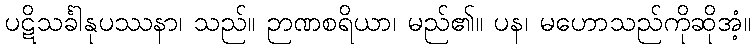
ပဋိသင်္ခါနုပဿနာ၊ သည်။ ဉာဏစရိယာ၊ မည်၏။ ပန၊ မဟောသည်ကိုဆိုအံ့။